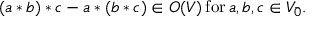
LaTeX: ( a * b ) * c - a * ( b * c ) \in O ( V ) \, \mathrm { f o r } \, a , b , c \in V _ { \bar { 0 } } .